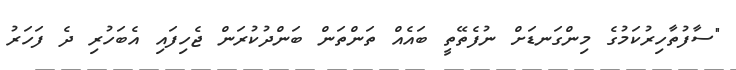
"ސާފުތާހިރުކަމުގެ މިންގަނޑަށް ނުފެތޭތީ ބައެއް ތަންތަން ބަންދުކުރަން ޖެހިފައި އެބަހުރި ދެ ފަހަރު